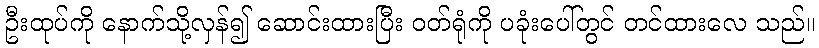
ဦးထုပ်ကို နောက်သို့လှန်၍ ဆောင်းထားပြီး ဝတ်ရုံကို ပခုံးပေါ်တွင် တင်ထားလေ သည်။